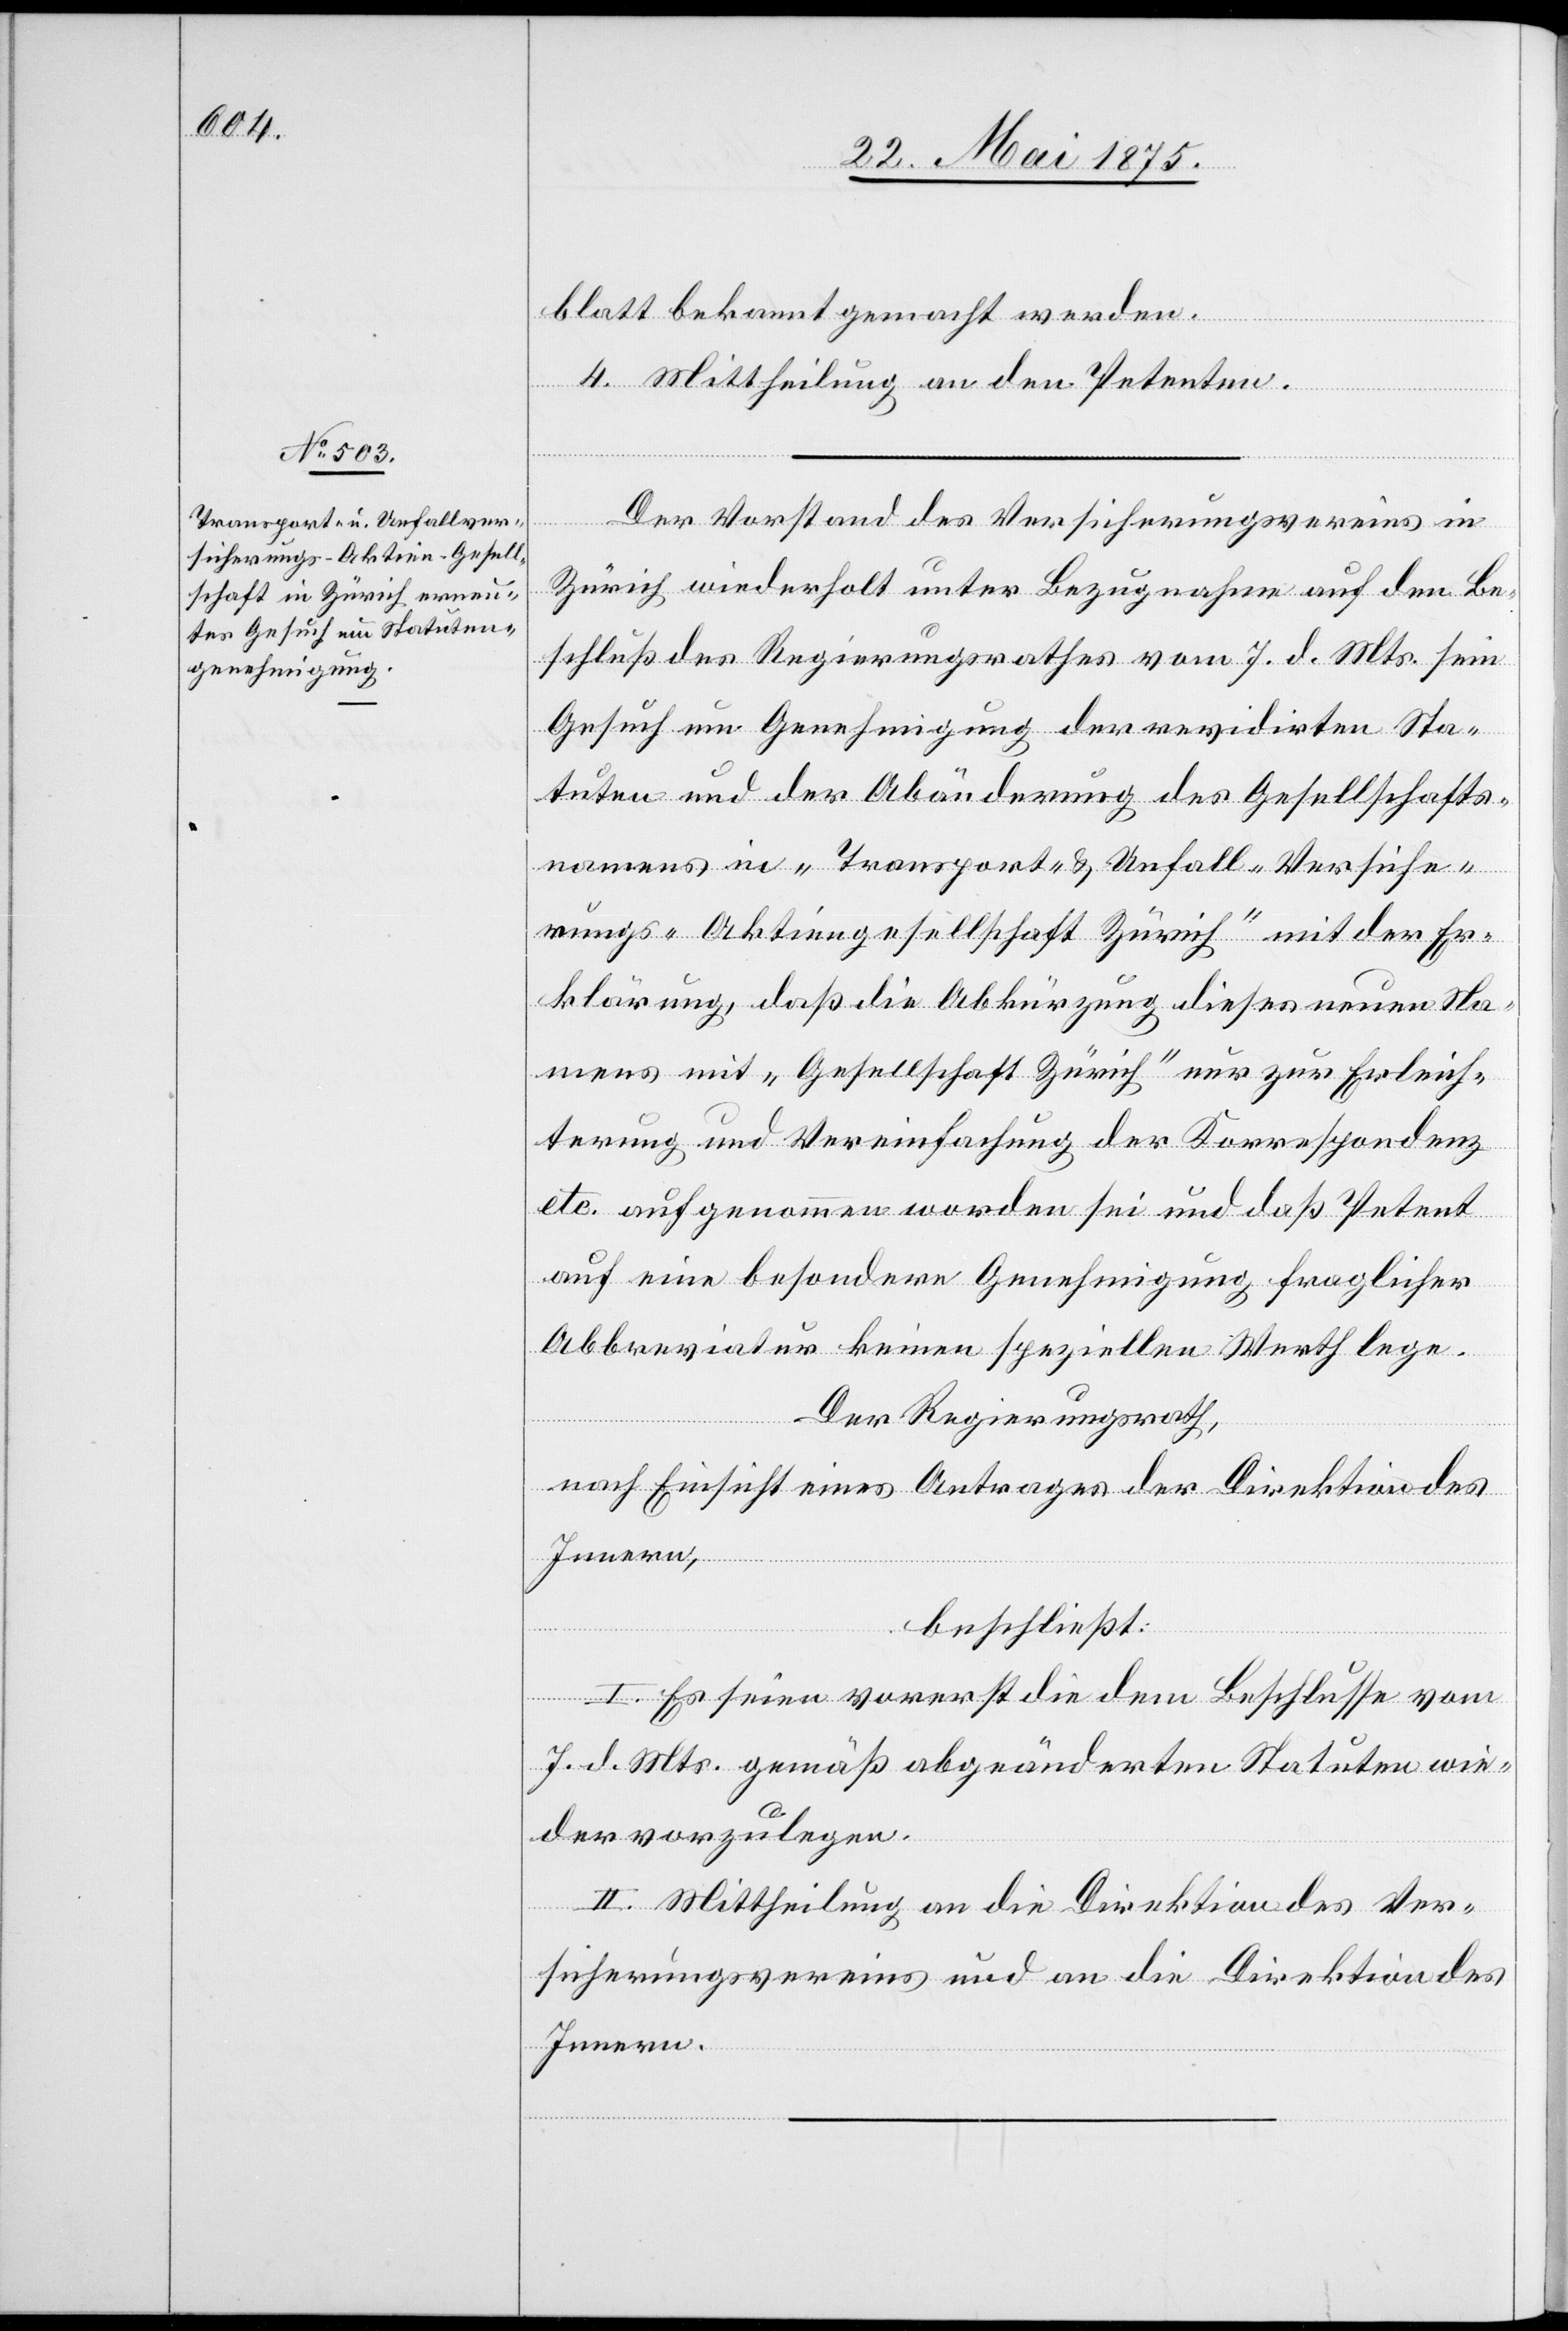
blatt bekannt gemacht werden.
4. Mittheilung an den Petenten.
Der Vorstand des Versicherungsvereines in
Zürich wiederholt unter Bezugnahme auf den Be¬
schluß des Regierungsrathes vom 7. d. Mts. sein
Gesuch um Genehmigung der revidirten Sta¬
tuten und der Abänderung des Gesellschafts¬
namens in „Transport- & Unfall-Versiche¬
rungs-Aktiengesellschaft Zürich“ mit der Er¬
klärung, daß die Abkürzung dieses neuen Na¬
mens mit „Gesellschaft Zürich“ nur zur Erleich¬
terung und Vereinfachung der Korrespondenz
etc. aufgenommen worden sei und daß Petent
auf eine besondere Genehmigung fraglicher
Abbreviatur keinen speziellen Werth lege.
Der Regierungsrath,
nach Einsicht eines Antrages der Direktion des
Innern,
beschließt:
I. Es seien vorerst die dem Beschlusse vom
7. d. Mts. gemäß abgeänderten Statuten wie¬
der vorzulegen.
II. Mittheilung an die Direktion des Ver¬
sicherungsvereins und an die Direktion des
Innern.